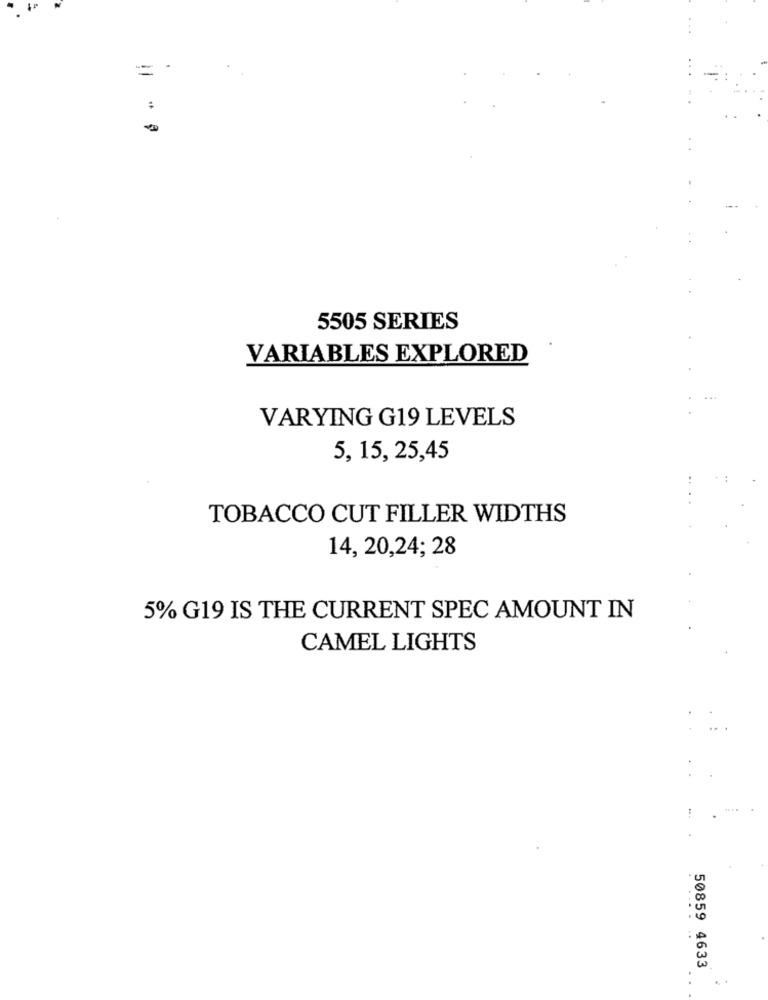
=
:
a
5505 SERIES
VARIABLES EXPLORED
VARYING G19 LEVELS
5, 15, 25,45
TOBACCO CUT FILLER WIDTHS
14, 20,24; 28
5% G19 IS THE CURRENT SPEC AMOUNT IN
CAMEL LIGHTS
50859 4633